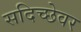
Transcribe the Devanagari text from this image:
सदिच्छेवर